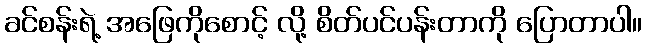
ခင်စန်းရဲ့ အဖြေကိုစောင့် လို့ စိတ်ပင်ပန်းတာကို ပြောတာပါ။